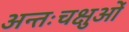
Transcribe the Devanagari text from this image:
अन्तःचक्षुओं